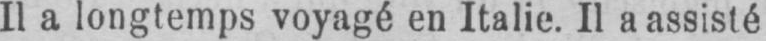
Il a longtemps voyagé en Italie. Il a assisté